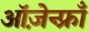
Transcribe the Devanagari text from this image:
ऑज़ेन्फ़्राँ